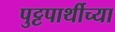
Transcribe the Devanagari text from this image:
पुट्टपार्थीच्या